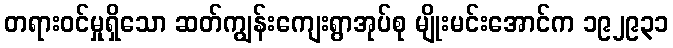
တရားဝင်မှုရှိသော ဆတ်ကျွန်းကျေးရွာအုပ်စု မျိုးမင်းအောင်က ၁၉၂၉၃၁